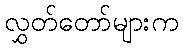
လွှတ်တော်များက